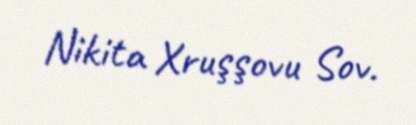
Nikita Xruşşovu Sov.